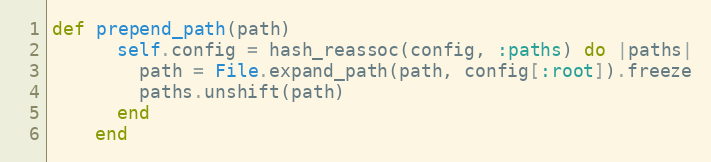
Language: Ruby
def prepend_path(path)
      self.config = hash_reassoc(config, :paths) do |paths|
        path = File.expand_path(path, config[:root]).freeze
        paths.unshift(path)
      end
    end